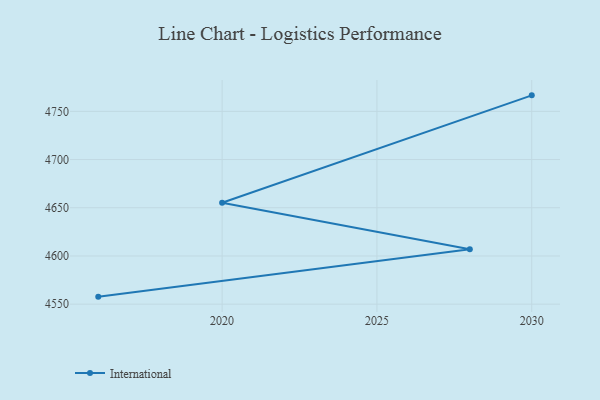
{"axis": {"x": "Year", "y": "Shipments"}, "legend": ["International"], "data": [{"x": "2030", "y": 4766.6, "type": "International"}, {"x": "2020", "y": 4655.2, "type": "International"}, {"x": "2028", "y": 4606.9, "type": "International"}, {"x": "2016", "y": 4557.8, "type": "International"}]}